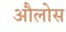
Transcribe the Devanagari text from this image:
औलोस